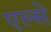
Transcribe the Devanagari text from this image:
एल्से